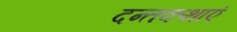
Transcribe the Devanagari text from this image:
दन्तकथाएं